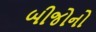
બીજોનો